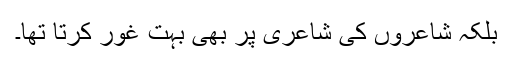
بلکہ شاعروں کی شاعری پر بھی بہت غور کرتا تھا۔